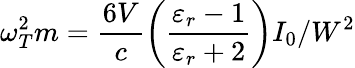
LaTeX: \omega_{T}^{2}m=\frac{6V}{c}\left(\frac{\varepsilon_{r}-1}{\varepsilon_{r}+2}\right)I_{0}/W^{2}